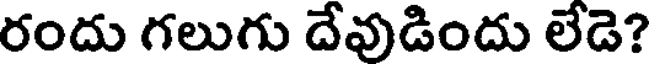
రందు గలుగు దేవుడిందు లేడె?